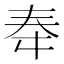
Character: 𫯠